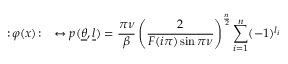
\, : \! \varphi ( x ) \! : \quad \leftrightarrow p ( \underline { { { \theta } } } , \underline { { { l } } } ) = \frac { \pi \nu } { \beta } \left( \frac { 2 } { F ( i \pi ) \sin \pi \nu } \right) ^ { \frac { n } { 2 } } \sum _ { i = 1 } ^ { n } ( - 1 ) ^ { l _ { i } }